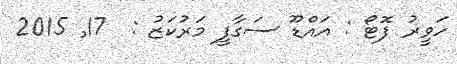
ހަވީރު ފޮޓޯ : އައްޑޫ ސަގާފީ މަރުކަޒު :  17